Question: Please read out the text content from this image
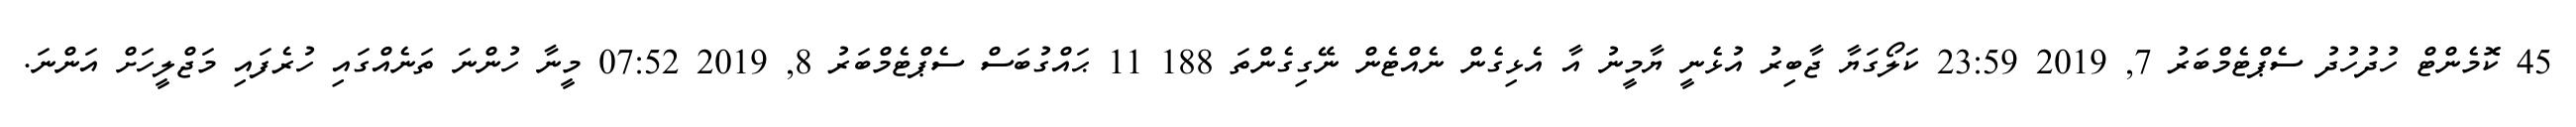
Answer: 45 ކޮމެންޓް ހުދުހުދު ސެޕްޓެމްބަރު 7, 2019 23:59 ކަލޯގަޔާ ޖާބިރު އުޅެނީ ޔާމީނު އާ އެޅިގެން ނެއްޓެން ނޭގިގެންތަ 188 11 ޙައްގުބަސް ސެޕްޓެމްބަރު 8, 2019 07:52 މީނާ ހުންނަ ތަނެއްގައި ހުރެފައި މަޖްލީހަށް އަންނަ.